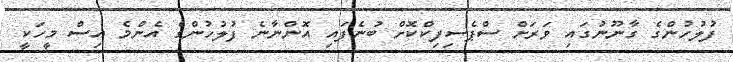
ފުލުހުންގެ ގާނޫނުގައި ވަރަށް ސްޕެސިފިކްކޮށް ބުނެފައި އޮންނާނެ ފުލުހުންގެ އެންމެ އިސް މީހަކީ